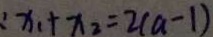
: x _ { 1 } + x _ { 2 } = 2 ( a - 1 )